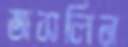
জসলিন